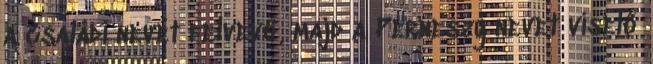
a családi nevét felvevő, majd a Perneszy nevet viselő